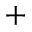
+